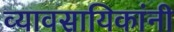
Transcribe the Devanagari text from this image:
व्यावसायिकांनी